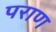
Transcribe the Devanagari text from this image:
पराण